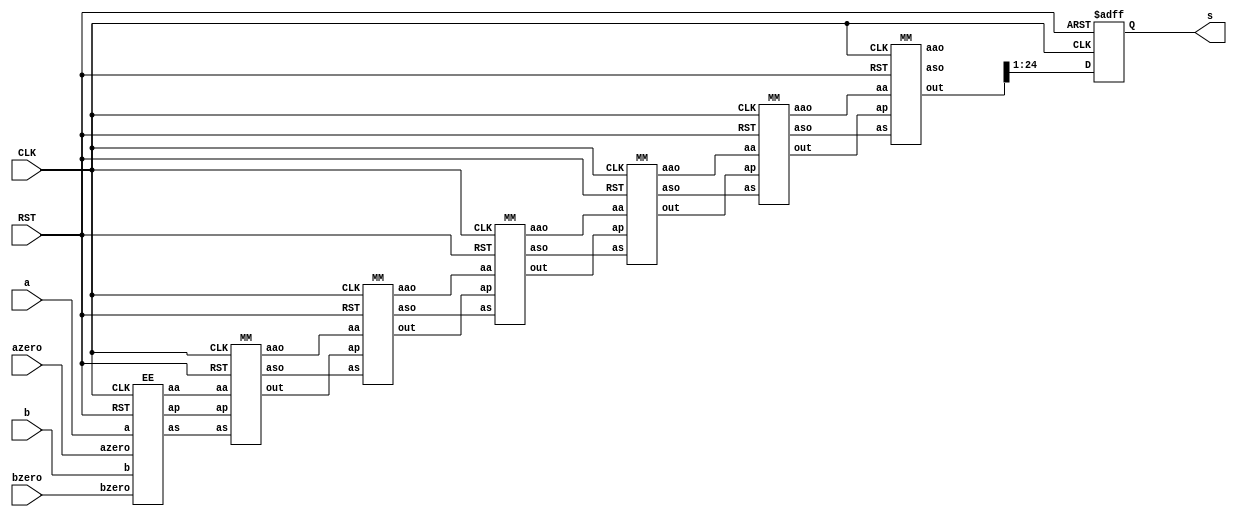
`timescale 1ns / 1ps

module booth_multiplier(a,b, azero, bzero, CLK,RST,s 
    );
	 input [9:0] a;
	 input [9:0] b;
	 input azero, bzero;
	 input CLK, RST;
	 output reg [23:0] s;
	 
	 wire [23:0] aa[6:0];
	 wire [23:0] as[6:0];
	 
	 wire [24:0] partials[6:0];
	 
	 EE a1 (a, b, azero, bzero,CLK, RST, aa[0], as[0], partials[0]);
	 
	 genvar i;
	 generate 	 
		for(i=0; i<6; i=i+1) begin: genblk1
			MM u1 (aa[i], as[i], partials[i], partials[i+1], aa[i+1], as[i+1], CLK, RST);
		end
	endgenerate
	 
		 always@(posedge CLK, negedge RST) begin
		 if(!RST) begin
				s <= 0;
		 end else begin
				s <= (partials[6][24:1]);
		 end
		 end
	endmodule

module MM (aa, as, ap, out, aao, aso, CLK, RST);
		 input [23:0] aa;
		 input [23:0] as;
		 input [24:0] ap;
		 input CLK, RST;
		 
		 reg [24:0] ppp;
		 wire [2:0] CC = ap[2:0];
		 wire [24:0] pp;
		 
		 output reg [24:0] out;
		 output reg [23:0] aao;
		 output reg [23:0] aso;
		 
		 reg [23:0] aa1;
	 
		 reg [23:0] as1;
		 

	
		 always@(*) begin
		 case(CC)
			3'b001:   ppp = {1'b0,aa[23:0]};
			3'b010:   ppp = {1'b0,aa[23:0]};
			3'b011:   ppp = {1'b0,aa[22:0],1'b0};
			3'b100:   ppp = {1'b1,as[22:0],1'b0};
			3'b101:   ppp = {1'b1,as[23:0]};
			3'b110:   ppp = {1'b1,as[23:0]};
			default : ppp = 0;
		 endcase
		 end
		
		 Carry_Ripple_Adder a1 (.a({ap[24],ap[24:1]}), .b(ppp), .ci(1'b0), .Sum(pp), .Cout());
		 
		 always@(posedge CLK, negedge RST) begin
		 if(!RST) begin
				out <= 0;
				aao <= 0;
				aso <= 0;
				
				
		 end else begin
				out[24] <= pp[24];
				out[23:0] <= pp[24:1];
				
				aao <= aa;
				aso <= as;
				
		 end
		 end
		 
endmodule



module EE (a, b, azero, bzero, CLK, RST,  aa, as, ap);
		 input [9:0] a;
    	 input [9:0] b;
		 input azero, bzero;
		 input CLK, RST;
		 
		 wire [23:0] aaa; 
		 wire [23:0] aas;
		 wire [24:0] aap;
		 
		 assign aaa[23] = 1'b0;
		 assign aaa[22] = azero;
		 assign aaa[21:12] = a[9:0];
		 assign aaa[11: 0] = 12'b0;
		 
		 assign aas[23:12] = (~{1'b0,azero,a[9:0]}+1);
		 assign aas[11: 0] = 12'b0;
		 
    	 assign aap[24:12] = 12'b0;
		 assign aap[11] = bzero;
		 assign aap[10: 1] = b[9:0];
		 assign aap[0] = 0;
		 
		 output reg [23:0] aa;
		 output reg [23:0] as;
		 output reg [24:0] ap;

		 
		 always@(posedge CLK, negedge RST) begin
				if(!RST) begin
							aa <= 0;
							as <= 0;
							ap <= 0;
				end
		 else begin
							aa <= aaa;
							as <= aas;
							ap <= aap;
				end
		 end
		 
endmodule

module Carry_Ripple_Adder(a, b, ci, Sum, Cout);
	
	input 		[25:1] 	a;
	input 		[25:1] 	b;
	input 			ci;
	output 	[25:1] 	Sum;
	output  		Cout;
	
	
	
	wire [25:0] G;
	wire [25:0] P;
	wire [25:0] GG;
	wire [25:1] S;
	
	assign G[0] = ci;
	assign P[0] = 0;
	assign G[25:1] = a & b;
	assign P[25:1] = a ^ b;

	
	assign GG[0] = G[0];
	G_Cell U0(G[0], G[1], P[1], GG[1]);
	
	genvar i;
	generate
		for(i=1; i<25; i=i+1) begin: loop_1
					G_Cell U1(GG[i], G[i+1], P[i+1], GG[i+1]);
		end
	endgenerate
	
	genvar j;
	generate
		for(j=1; j<=25; j=j+1) begin: loop_2
			assign S[j] = P[j] ^ GG[j-1];
		end
	endgenerate
	
	assign Cout = GG[25];
	assign Sum = S;
	
endmodule

module G_Cell(G0, G1, P1, GG);
	input G0;
	input G1;
	input P1;
	output GG;
	
	assign GG = G1 | (P1 & G0);
endmodule